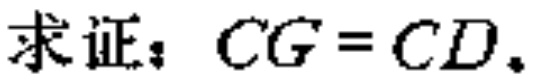
求证：\(CG = CD\)。